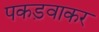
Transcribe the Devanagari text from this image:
पकड़वाकर